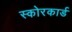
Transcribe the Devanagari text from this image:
स्‍कोरकार्ड